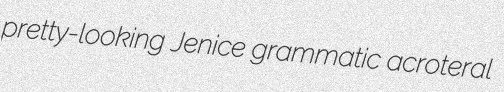
pretty-looking Jenice grammatic acroteral